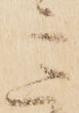
意